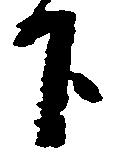
下